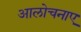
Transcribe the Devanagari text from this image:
आलोचनाए